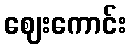
ဈေးကောင်း